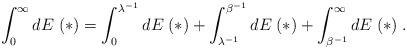
\begin{align*}\int_0^\infty d E \; (*) = \int_0^{\lambda^{- 1}} d E \; (*) + \int_{\lambda^{- 1}}^{\beta^{- 1}} d E \; (*) + \int_{\beta^{- 1}}^\infty d E \; (*) \; .\end{align*}